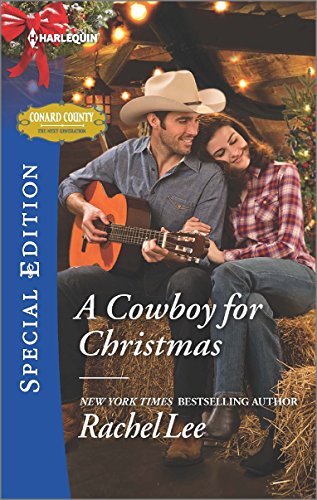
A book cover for A Cowboy for Christmas (Conard County: The Next Generation); Rachel Lee; Romance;